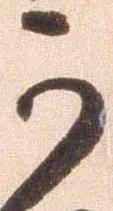
可